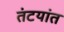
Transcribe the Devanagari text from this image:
तंटयांत